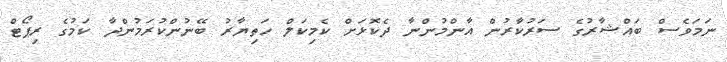
ނަމަވެސް ބައްޝާރުގެ ސަރުކާރުން އާންމުންނާ ދެކޮޅަށް ކެމިކަލް ހަތިޔާރު ބޭނުންކުރަމުންދާ ކަމުގެ ރިޕޯޓް